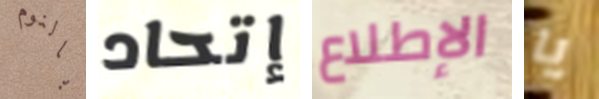
بالنوم إتحاد الإطلاع يا